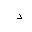
Letter: _dal